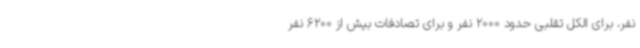
نفر، برای الکل تقلبی حدود 2000 نفر و برای تصادفات بیش از 6200 نفر